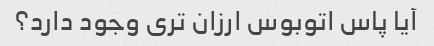
آیا پاس اتوبوس ارزان تری وجود دارد؟